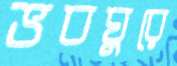
ভবঘুরে